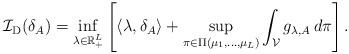
LaTeX: \begin{align*} \mathcal{I}_{\mathrm{D} }(\delta_{A} ) = \inf_{\lambda \in \mathbb{R}_{+}^L}\left[ \langle \lambda, \delta_{A} \rangle + \sup_{\pi \in \Pi(\mu_1, \dotsc, \mu_L)} \int_{\mathcal{V}} g_{\lambda, A} \, d \pi \right]. \end{align*}